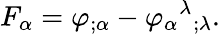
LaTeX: F_{\alpha}=\varphi_{;\alpha}-\varphi_{\alpha}{}^{\lambda}{}_{;\lambda}.